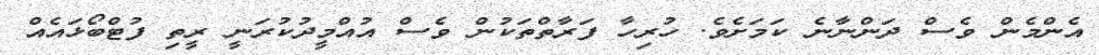
އެންމެން ވެސް ދަންނާނެ ކަމަށެވެ. ހުރިހާ ފަރާތްތަކުން ވެސް އުއްމީދުކުރަނީ ރީތި ފުޓްބޯޅައެއް